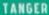
TANGER